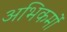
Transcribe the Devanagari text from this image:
अभिकर्मो